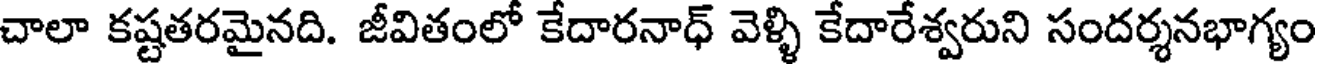
చాలా కష్టతరమైనది. జీవితంలో కేదారనాధ్ వెళ్ళి కేదారేశ్వరుని సందర్శనభాగ్యం